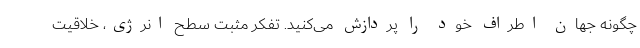
چگونه جهان اطراف خود را پردازش می‌کنید. تفکر مثبت سطح انرژی، خلاقیت